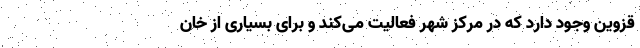
قزوین وجود دارد که در مرکز شهر فعالیت می‌کند و برای بسیاری از خان